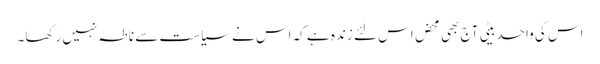
اس کی واحد بیٹی آج بھی محض اس لئے زندہ ہے کہ اس نے سیاست سے ناطہ نہیں رکھا۔